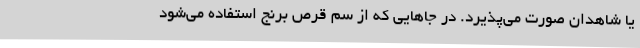
یا شاهدان صورت می‌پذیرد. در جاهایی که از سم قرص برنج استفاده می‌شود